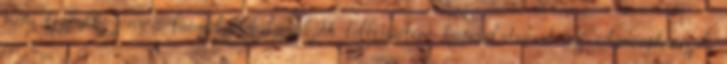
nem foglalkozom a fanyalgókkal, inkább felfrissítem kapcsolatomat az Amorphisszal.